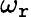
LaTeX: \omega_{\mathtt{r}}